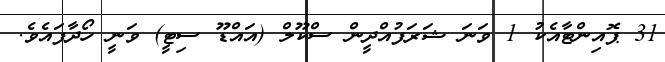
31 ޕޮއިންޓާއެކު 1 ވަނަ ޝަރަފުއްދީން ސްކޫލް (އައްޑޫ ސިޓީ) ވަނީ ހޯދާފައެވެ.